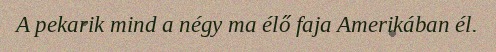
A pekarik mind a négy ma élő faja Amerikában él.